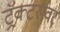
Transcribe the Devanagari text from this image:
ट्रॅक्टरावर